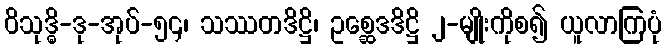
ဝိသုဒ္ဓိ-ဒု-အုပ်-၅၄၊ သဿတဒိဋ္ဌိ၊ ဥစ္ဆေဒဒိဋ္ဌိ ၂-မျိုးကိုစ၍ ယူလာကြပုံ